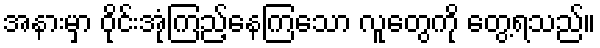
အနားမှာ ဝိုင်းအုံကြည့်နေကြသော လူတွေကို တွေ့ရသည်။